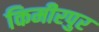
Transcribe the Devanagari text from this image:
किमीरपुर